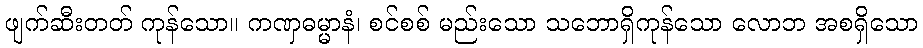
ဖျက်ဆီးတတ် ကုန်သော။ ကဏှဓမ္မာနံ၊ စင်စစ် မည်းသော သဘောရှိကုန်သော လောဘ အစရှိသော